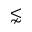
\lnsim